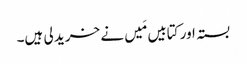
بستہ اور کتابیں مَیں نے خرید لی ہیں۔